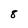
Character: 8